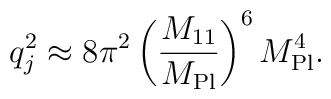
q_j^2 \approx 8 \pi^2 \left( \frac{M_{11}}{M_{\rm Pl}} \right)^6M_{\rm Pl}^4.